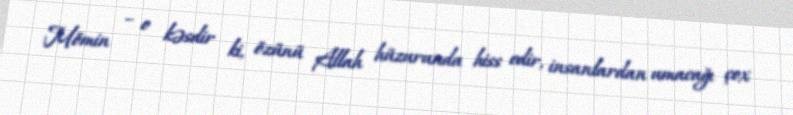
Mömin – o kəsdir ki, özünü Allah hüzurunda hiss edir, insanlardan umacağı çox